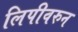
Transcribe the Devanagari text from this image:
लिपीवरुन